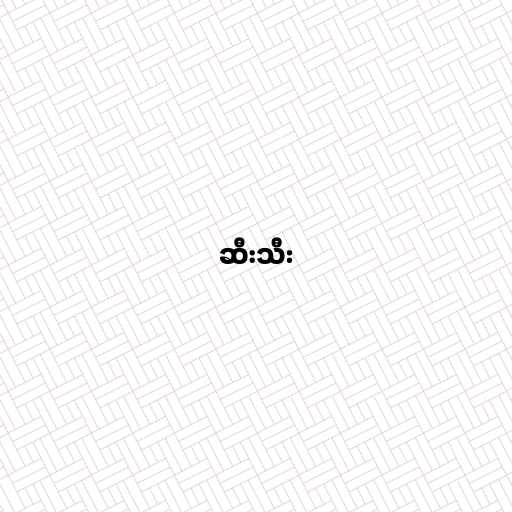
ဆီးသီး